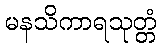
မနသိကာရသုတ္တံ